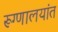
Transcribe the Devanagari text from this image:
रूग्णालयांत